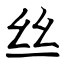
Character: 丝